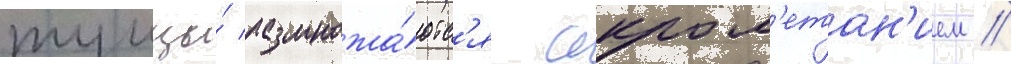
тунцы́ размножа́ютс'я икром'етан'ием //